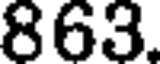
863.